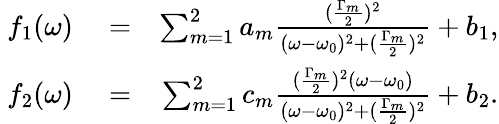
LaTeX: \begin{array}{rlr}{~f_{1}(\omega)}&{{}=}&{\sum_{m=1}^{2}a_{m}\frac{(\frac{\Gamma_{m}}{2})^{2}}{(\omega-\omega_{0})^{2}+(\frac{\Gamma_{m}}{2})^{2}}+b_{1},}\\ {f_{2}(\omega)}&{{}=}&{\sum_{m=1}^{2}c_{m}\frac{(\frac{\Gamma_{m}}{2})^{2}(\omega-\omega_{0})}{(\omega-\omega_{0})^{2}+(\frac{\Gamma_{m}}{2})^{2}}+b_{2}.}\end{array}